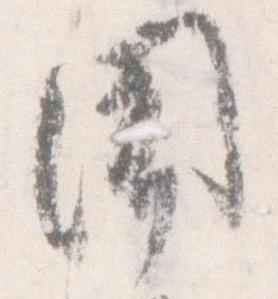
聞